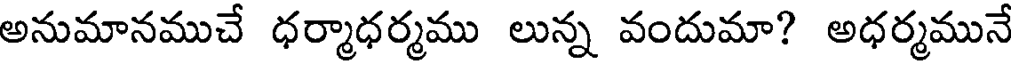
అనుమానముచే ధర్మాధర్మము లున్న వందుమా? అధర్మమునే